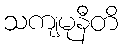
သကျမုနီတိ